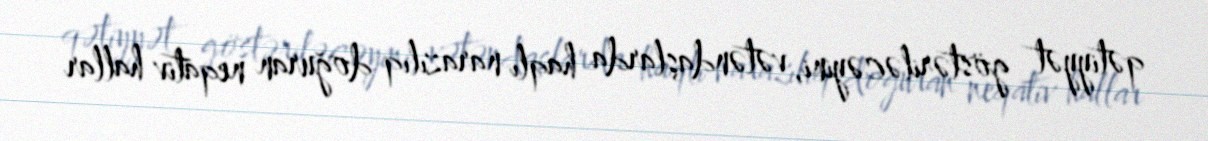
qətiyyət göstəriləcəyini, vətəndaşlarda haqlı narazılıq doğuran neqativ hallar